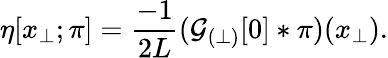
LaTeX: \eta[x_{\perp};\pi]=\frac{-1}{2L}({\cal G}_{(\perp)}[0]\ast\pi)(x_{\perp}).